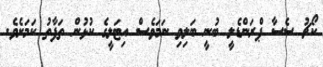
ކޯޗު ސެސާ ޕްރަންޑެލީ ބުނީ ބަލިވި ނަމަވެސް އިޓަލީގެ ކުޅުން ތަފާތު ކަމަށެވެ.